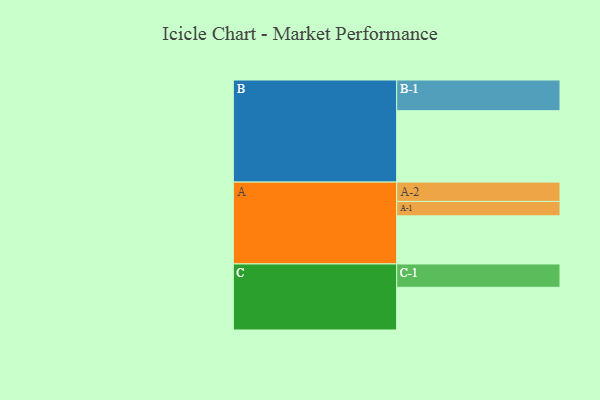
{"axis": {"x": "Segment", "y": "Value"}, "legend": ["", "A", "B", "C"], "data": [{"x": "A", "y": 356, "type": ""}, {"x": "B", "y": 529, "type": ""}, {"x": "C", "y": 316, "type": ""}, {"x": "A-1", "y": 107, "type": "A"}, {"x": "A-2", "y": 143, "type": "A"}, {"x": "B-1", "y": 227, "type": "B"}, {"x": "C-1", "y": 173, "type": "C"}]}